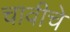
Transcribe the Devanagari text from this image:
चावीचे